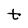
Character: t